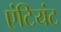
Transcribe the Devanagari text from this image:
एंटियंट